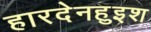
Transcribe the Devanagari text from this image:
हारदेनहुइश